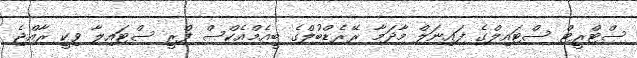
ސްޓްރީޓް ސްޓައިލްގެ ފައިނަލް މާދަމާ ރޭރެޑްބުލްގެ ބީއެމްއެކްސް ފްރީ ސްޓައިލާ ވިކީ ރާއްޖެ